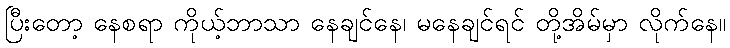
ပြီးတော့ နေစရာ ကိုယ့်ဘာသာ နေချင်နေ၊ မနေချင်ရင် တို့အိမ်မှာ လိုက်နေ။